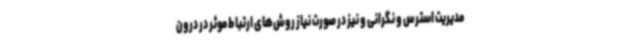
مدیریت استرس و نگرانی و نیز در صورت نیاز روش‌های ارتباط موثر در درون